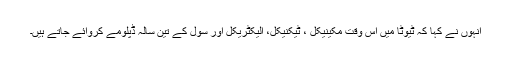
انہوں نے کہا کہ ٹیوٹا میں اس وقت مکینیکل ، ٹیکنیکل، الیکٹریکل اور سول کے تین سالہ ڈپلومے کروائے جاتے ہیں۔